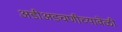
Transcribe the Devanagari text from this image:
अडीअडचणीच्यावेळी